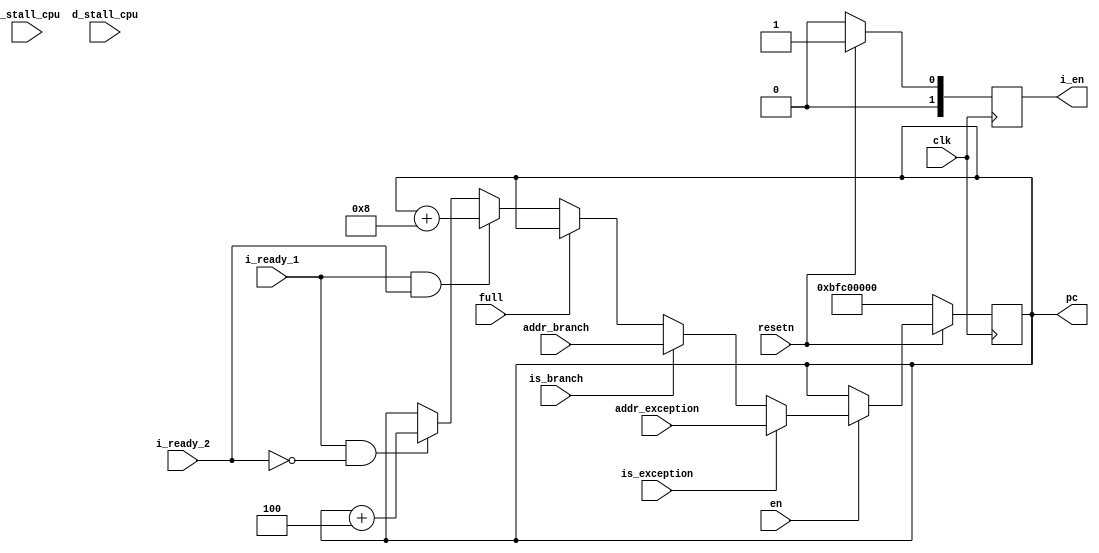
module pc(
        input                    clk,
        input                    resetn,
        input                   i_stall_cpu,
        input                   d_stall_cpu,
        input                    en,
        input                    i_ready_1,
        input                    i_ready_2,
        input                    full,

        input                    is_branch,
        input  [31:0]            addr_branch,
        input                    is_exception,
        input  [31:0]            addr_exception,

        output reg [31:0]        pc,
        output reg [1:0]             i_en
);

    reg     [31:0] npc;
    

    always@(posedge clk) begin
        if(!resetn) begin
            pc   <= 32'hbfc0_0000;
            i_en <= 2'b00;
        end
        else begin
            pc<=npc;
            i_en<=2'b01;
        end
    end
    
    always@(*) begin
        if(!resetn)
            npc = 32'hBFC0_0000; 
        else if(en) begin
            if(is_exception)
                npc = addr_exception;
            else if(is_branch)
                npc = addr_branch;
            else if(full)
                npc = pc;
            else if(i_ready_1 && i_ready_2)
                npc = pc + 8;
            else if(i_ready_1 && !i_ready_2)
                npc = pc + 4;
            else
                npc = pc;
        end
        else begin
            npc = pc; 
        end
    end
endmodule